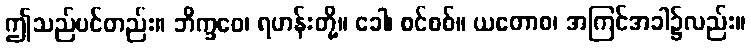
ဤသည်ပင်တည်း။ ဘိက္ခဝေ၊ ရဟန်းတို့။ ခေါ၊ စင်စစ်။ ယတောစ၊ အကြင်အခါ၌လည်း။